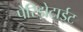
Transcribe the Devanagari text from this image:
पेरिड़ोटाईट